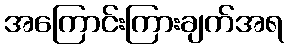
အကြောင်းကြားချက်အရ